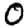
Digit: 0